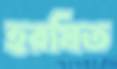
হরষিত